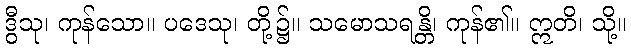
ဒွီသု၊ ကုန်သော။ ပဒေသု၊ တို့၌။ သမောသရန္တိ၊ ကုန်၏။ ဣတိ၊ သို့။